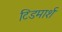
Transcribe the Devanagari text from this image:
टिडमार्श